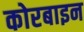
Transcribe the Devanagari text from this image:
कोरबाइन